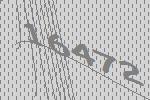
16472